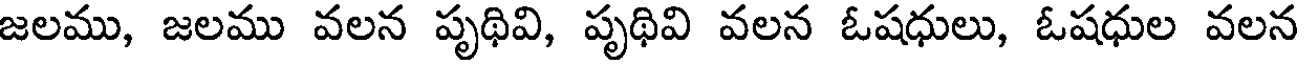
జలము, జలము వలన పృథివి, పృథివి వలన ఓషధులు, ఓషధుల వలన